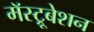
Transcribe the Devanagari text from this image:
मॅस्ट्रूबेशन